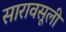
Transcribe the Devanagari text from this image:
सारावसूली